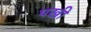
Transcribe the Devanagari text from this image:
पखी